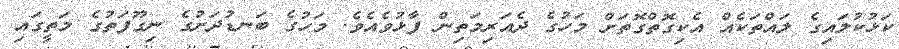
ކަޅުކުލައިގެ ލައްތަކެއް އެކިގޮތްގޮތަށް މަހުގެ ދެއަރިމަތިން ފާޅުވެއެވެ. މަހުގެ ބަނޑުދަށުގެ ނިގޫފަތުގެ މަތީގައި